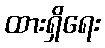
ထားရှိရေး